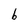
Character: b